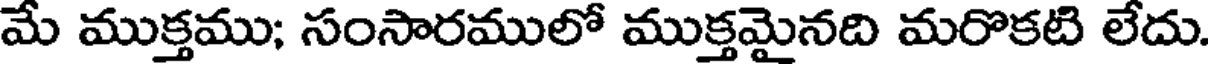
మే ముక్తము; సంసారములో ముక్తమైనది మరొకటి లేదు